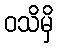
ဝသိမှိ